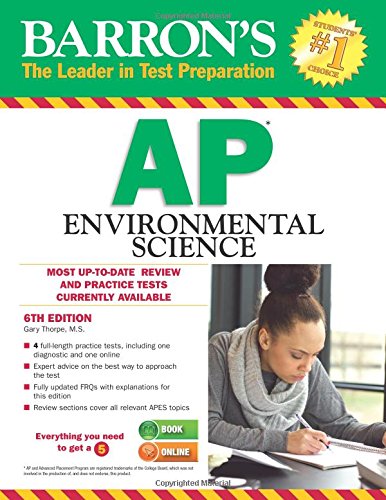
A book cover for Barron's AP Environmental Science, 6th Edition; Gary S. Thorpe M.S.; Test Preparation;